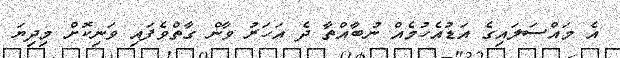
އެ މައްސަލައިގެ އަޑުއެހުމެއް ނުބާއްތާ ދެ އަހަރު ވާން ގާތްވެފައި ވަނިކޮށް މިދިޔަ